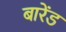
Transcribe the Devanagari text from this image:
बारेंड